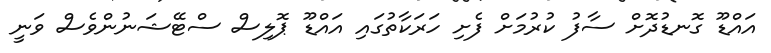
އައްޑޫ ގޮނޑުދޮށް ސާފު ކުރުމަށް ފެށި ހަރަކާތުގައި އައްޑޫ ޕޮލިސް ސްޓޭޝަނުންވެސް ވަނީ